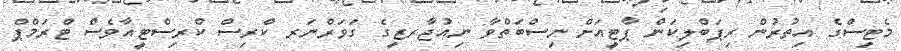
މެޓިސްގެ އިތުރުން ރިޕަބްލިކަން ޕާޓީއަށް ނިސްބަތްވާ ނިއުޖާރޒީގެ ގަވަރްނަރ ކްރިސް ކްރިސްޓީއާވެސް ޓްރަމްޕް